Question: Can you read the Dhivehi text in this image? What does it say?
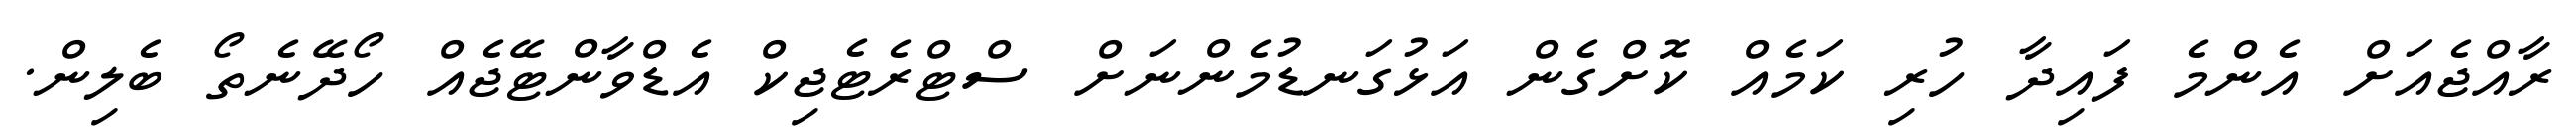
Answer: ރާއްޖެއަށް އެންމެ ފައިދާ ހުރި ކަމެއް ކޮށްގެން އަޅުގަނޑުމެންނަށް ސްޓްރެޓެޖިކް އެޑްވާންޓޭޖެއް ހޯދޭނެތޯ ބެލިން.